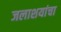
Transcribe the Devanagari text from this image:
जलाशयांचा